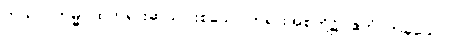
ကုသလကမ္မပထတရားဆယ်ပါးစသော တရားအစုတို့၌။ ဧကံ၊ တခုသော။